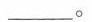
___。